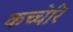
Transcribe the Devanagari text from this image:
कच्चेरि